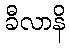
ခီလာနိ